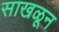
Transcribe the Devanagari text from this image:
साखळून